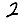
Digit: 2